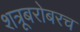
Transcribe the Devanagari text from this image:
शत्रूबरोबरच